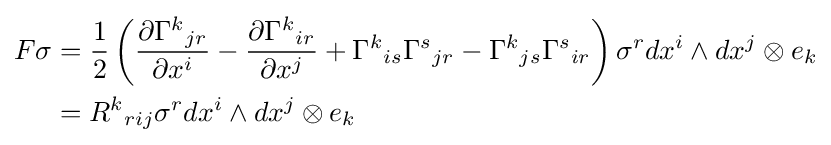
{\begin{aligned}F\sigma &={\frac {1}{2}}\left({\frac {\partial \Gamma ^{k}{}_{jr}}{\partial x^{i}}}-{\frac {\partial \Gamma ^{k}{}_{ir}}{\partial x^{j}}}+\Gamma ^{k}{}_{is}\Gamma ^{s}{}_{jr}-\Gamma ^{k}{}_{js}\Gamma ^{s}{}_{ir}\right)\sigma ^{r}dx^{i}\wedge dx^{j}\otimes e_{k}\\&=R^{k}{}_{rij}\sigma ^{r}dx^{i}\wedge dx^{j}\otimes e_{k}\\\end{aligned}}